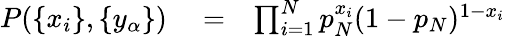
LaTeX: \begin{array}{rlr}{P(\{ x_{i}\} ,\{ y_{\alpha}\} )}&{{}=}&{\prod_{i=1}^{N}p_{N}^{x_{i}}(1-p_{N})^{1-x_{i}}}\end{array}